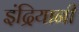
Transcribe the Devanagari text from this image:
इंद्रियानी